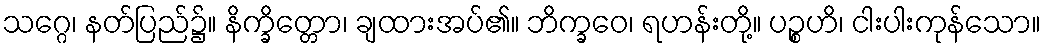
သဂ္ဂေ၊ နတ်ပြည်၌။ နိက္ခိတ္တော၊ ချထားအပ်၏။ ဘိက္ခဝေ၊ ရဟန်းတို့။ ပဉ္စဟိ၊ ငါးပါးကုန်သော။